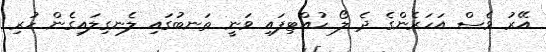
އޭރު ވެސް އަހަރެންގެ ދެ ލޯ ހުއްޓިފައި ވަނީ ތަނބުގައި ލެނގިލައިގެން ހުރި